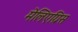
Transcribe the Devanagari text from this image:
मेलिएग्रिस